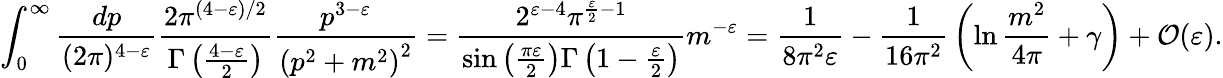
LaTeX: \int_{0}^{\infty}{\frac{dp}{(2\pi)^{4-\varepsilon}}}{\frac{2\pi^{(4-\varepsilon)/2}}{\Gamma\left({\frac{4-\varepsilon}{2}}\right)}}{\frac{p^{3-\varepsilon}}{\left(p^{2}+m^{2}\right)^{2}}}={\frac{2^{\varepsilon-4}\pi^{{\frac{\varepsilon}{2}}-1}}{\sin\left({\frac{\pi\varepsilon}{2}}\right)\Gamma\left(1-{\frac{\varepsilon}{2}}\right)}}m^{-\varepsilon}={\frac{1}{8\pi^{2}\varepsilon}}-{\frac{1}{16\pi^{2}}}\left(\ln{\frac{m^{2}}{4\pi}}+\gamma\right)+{\mathcal{O}}(\varepsilon).